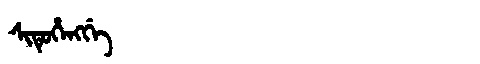
Manchu: ᠰᡳᡨᡠᡥᡝᠩᡤᡝ
Romanization: SITUHENGGE